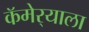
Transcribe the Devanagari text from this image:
कॅमेर्‍याला